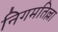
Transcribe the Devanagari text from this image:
निगमतिल्ला